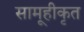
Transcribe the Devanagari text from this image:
सामूहीकृत